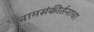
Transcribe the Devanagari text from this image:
नामसंकीर्तनाचा